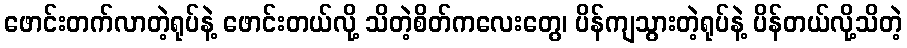
ဖောင်းတက်လာတဲ့ရုပ်နဲ့ ဖောင်းတယ်လို့ သိတဲ့စိတ်ကလေးတွေ၊ ပိန်ကျသွားတဲ့ရုပ်နဲ့ ပိန်တယ်လို့သိတဲ့